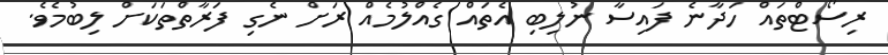
ރިސޯޓްތައް ހަދާނެ ފައިސާ ނުލިބި އެތައް ގެއްލުމެއް ރަށް ނެގި ފަރާތްތަކަށް ލިބުމެވެ.